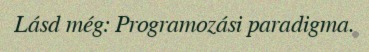
Lásd még: Programozási paradigma.